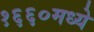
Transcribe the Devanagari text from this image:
१६६०मध्ये